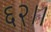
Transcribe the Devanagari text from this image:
६२।।